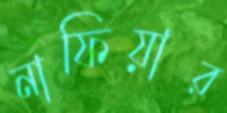
নাফিয়ার